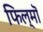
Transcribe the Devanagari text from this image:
फिल्मॊ